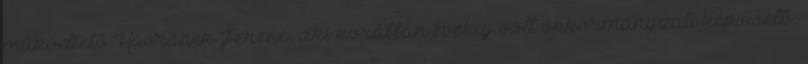
működtető Havránek Ferenc, aki korábban évekig volt önkormányzati képviselő.